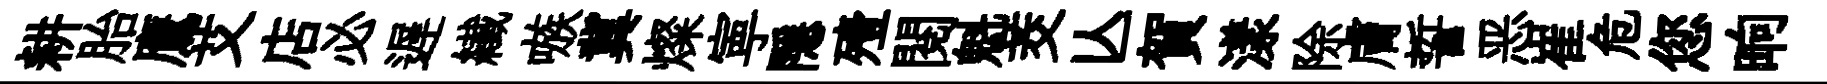
耕胎鷹艾店必遅纎嗾冀燦寕隱殪閲魁茭亾賀漾除膚誓恶崔危您晌